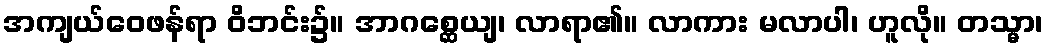
အကျယ်ဝေဖန်ရာ ဝိဘင်း၌။ အာဂစ္ဆေယျ၊ လာရာ၏။ လာကား မလာပါ၊ ဟူလို။ တသ္မာ၊